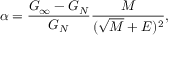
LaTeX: \alpha = { \frac { G _ { \infty } - G _ { N } } { G _ { N } } } { \frac { M } { ( { \sqrt { M } } + E ) ^ { 2 } } } ,